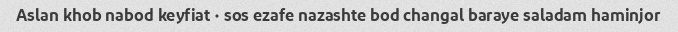
Aslan khob nabod keyfiat ۰ sos ezafe nazashte bod changal baraye saladam haminjor